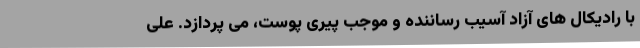
با رادیکال های آزاد آسیب رساننده و موجب پیری پوست، می پردازد. علی